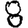
Digit: 8